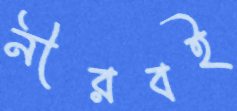
নীরবই